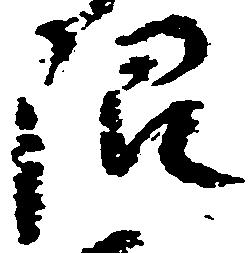
限